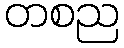
တစည